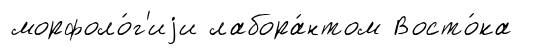
морфоло́г'иjи лабора́нтом Восто́ка